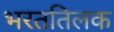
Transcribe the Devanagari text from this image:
भरततिलक